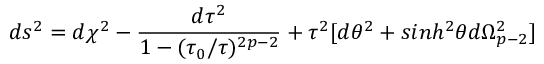
d s ^ { 2 } = d \chi ^ { 2 } - \frac { d \tau ^ { 2 } } { 1 - ( \tau _ { 0 } / \tau ) ^ { 2 p - 2 } } + \tau ^ { 2 } [ d \theta ^ { 2 } + s i n h ^ { 2 } \theta d \Omega _ { p - 2 } ^ { 2 } ]